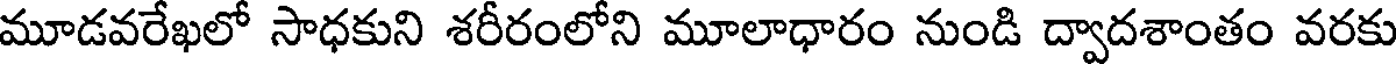
మూడవరేఖలో సాధకుని శరీరంలోని మూలాధారం నుండి ద్వాదశాంతం వరకు